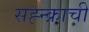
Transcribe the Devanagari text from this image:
सह्न्क्राची